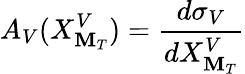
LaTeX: A_{V}(X_{\mathbf{M}_{T}}^{V})={\frac{{d\sigma_{V}}}{{dX_{\mathbf{M}_{T}}^{V}}}}